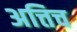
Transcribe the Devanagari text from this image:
अत्तिच